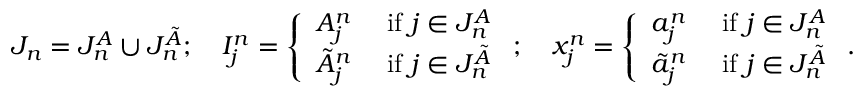
J _ { n } = J _ { n } ^ { A } \cup J _ { n } ^ { \tilde { A } } ; \quad I _ { j } ^ { n } = \left\{ \begin{array} { l l } { A _ { j } ^ { n } } & { \mathrm { ~ i f ~ } j \in J _ { n } ^ { A } } \\ { \tilde { A } _ { j } ^ { n } } & { \mathrm { ~ i f ~ } j \in J _ { n } ^ { \tilde { A } } } \end{array} \right. ; \quad x _ { j } ^ { n } = \left\{ \begin{array} { l l } { a _ { j } ^ { n } } & { \mathrm { ~ i f ~ } j \in J _ { n } ^ { A } } \\ { \tilde { a } _ { j } ^ { n } } & { \mathrm { ~ i f ~ } j \in J _ { n } ^ { \tilde { A } } } \end{array} \right. .